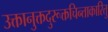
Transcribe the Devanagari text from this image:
उक्तानुक्तदुरूक्तचिन्ताकारितु